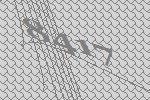
8417